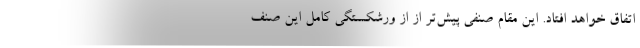
اتفاق خواهد افتاد. این مقام صنفی پیش‌تر از از ورشکستگی کامل این صنف